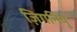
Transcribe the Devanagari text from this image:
ज़िगनियू